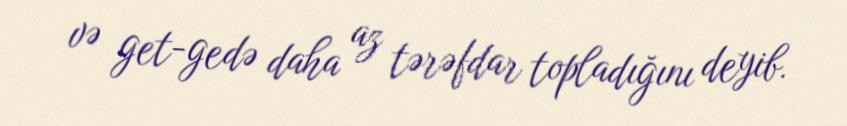
və get-gedə daha az tərəfdar topladığını deyib.